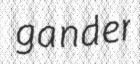
gander